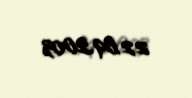
22.09.2003